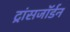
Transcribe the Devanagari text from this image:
ट्रांसजॉर्डन